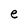
Character: e